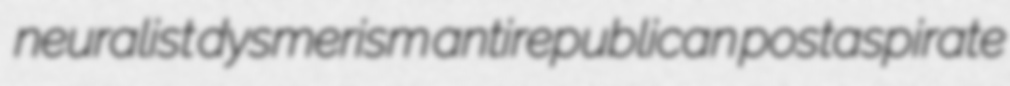
neuralist dysmerism antirepublican postaspirate